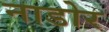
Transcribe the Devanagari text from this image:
नाडोर